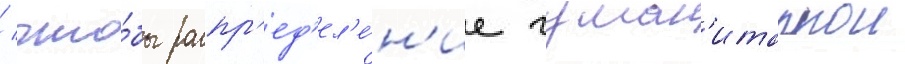
/ что́бы распр'ед'ел'е́н'ие гуман'итарнои